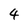
Character: 4